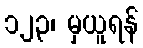
၁၂၃၊ မှယူရန်